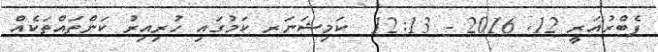
ފެބްރުއަރީ 12